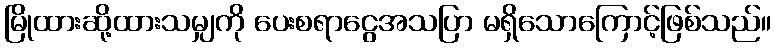
မြိုထားဆို့ထားသမျှကို ပေးစရာငွေအသပြာ မရှိသောကြောင့်ဖြစ်သည်။